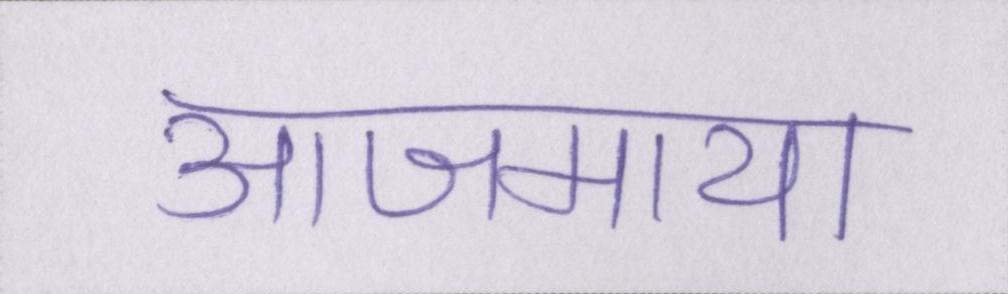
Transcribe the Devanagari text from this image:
आजमाया